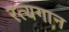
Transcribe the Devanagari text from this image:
रत्यगान